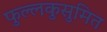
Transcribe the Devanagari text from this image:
फुल्लकुसुमित